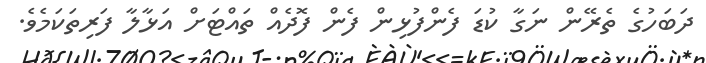
ދަބަހުގެ ތެރޭން ނަގާ ކުޑަ ފެންފުޅިން ފެން ފޮދެއް ތައްޓަށް އަޅާލާ ފަރިތަކަމެވެ.